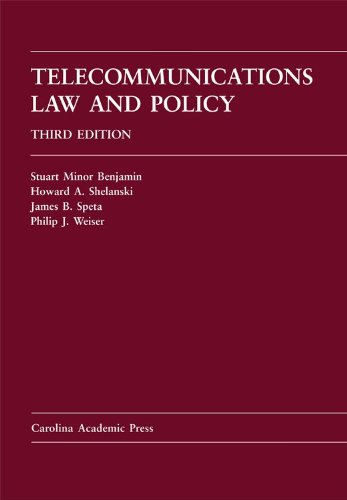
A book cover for Telecommunications Law and Policy Third Edition; Stuart Minor Benjamin; Law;